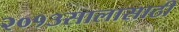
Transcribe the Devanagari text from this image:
२०१३सालासाठी